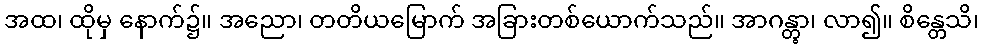
အထ၊ ထိုမှ နောက်၌။ အညော၊ တတိယမြောက် အခြားတစ်ယောက်သည်။ အာဂန္တွာ၊ လာ၍။ စိန္တေသိ၊